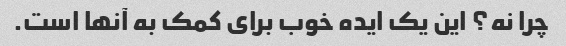
چرا نه؟ این یک ایده خوب برای کمک به آنها است.